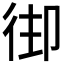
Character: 𢓦